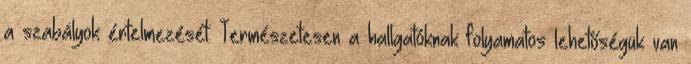
a szabályok értelmezését. Természetesen a hallgatóknak folyamatos lehetőségük van